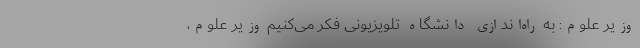
وزیر علوم: به راه‌اندازی دانشگاه تلویزیونی فکر می‌کنیم وزیر علوم،